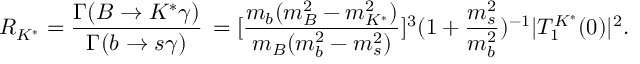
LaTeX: R _ { K ^ { * } } = \frac { { \Gamma ( B \to K ^ { * } \gamma ) } } { { \Gamma ( b \to s \gamma ) } } \, = [ \frac { m _ { b } ( m _ { B } ^ { 2 } - m _ { K ^ { * } } ^ { 2 } ) } { m _ { B } ( m _ { b } ^ { 2 } - m _ { s } ^ { 2 } ) } ] ^ { 3 } ( 1 + \frac { m _ { s } ^ { 2 } } { m _ { b } ^ { 2 } } ) ^ { - 1 } | T _ { 1 } ^ { K ^ { * } } ( 0 ) | ^ { 2 } .